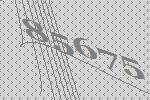
85675